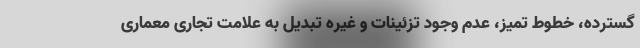
گسترده، خطوط تمیز، عدم وجود تزئینات و غیره تبدیل به علامت تجاری معماری